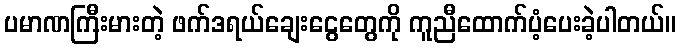
ပမာဏကြီးမားတဲ့ ဖက်ဒရယ်ချေးငွေတွေကို ကူညီထောက်ပံ့ပေးခဲ့ပါတယ်။